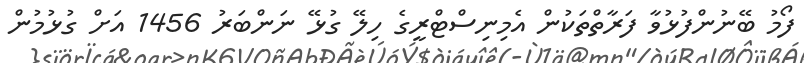
ފޯމު ބޭނުންފުޅުވާ ފަރާތްތަކުން އެމިނިސްޓްރީގެ ހިލޭ ގުޅޭ ނަންބަރު 1456 އަށް ގުޅުމުން